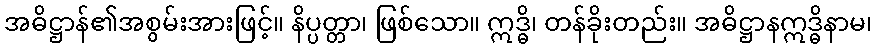
အဓိဋ္ဌာန်၏အစွမ်းအားဖြင့်။ နိပ္ပတ္တာ၊ ဖြစ်သော။ ဣဒ္ဓိ၊ တန်ခိုးတည်း။ အဓိဋ္ဌာနဣဒ္ဓိနာမ၊